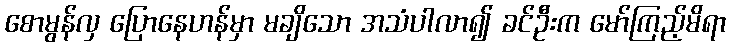
စောမွန်လှ ပြောနေဟန်မှာ မချိသော အသံပါလာ၍ ခင်ဦးက မော်ကြည့်မိရာ